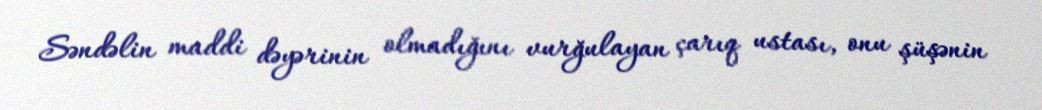
Səndəlin maddi dəyərinin olmadığını vurğulayan çarıq ustası, onu şüşənin